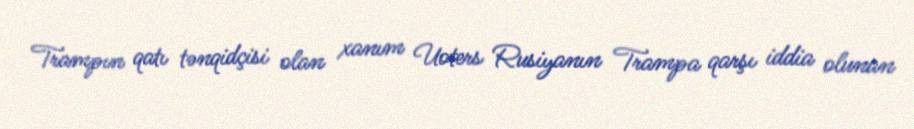
Trampın qatı tənqidçisi olan xanım Uoters Rusiyanın Trampa qarşı iddia olunan